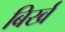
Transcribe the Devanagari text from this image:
बिर्ख